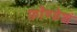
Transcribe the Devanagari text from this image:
फ़ॉण्डेशं